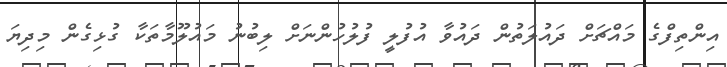
އިންތިފްގެ މައްޗަށް ދައުލަތުން ދައުވާ އުފުލީ ފުލުހުންނަށް ލިބުނު މައުލޫމާތަކާ ގުޅިގެން މިދިޔަ